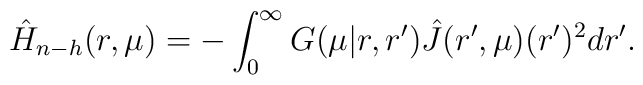
\hat{H}_{n-h}(r, \mu) = - \int_0^\infty G(\mu| r, r^\prime)\hat{J}(r^\prime, \mu) (r^\prime)^2 dr^\prime.